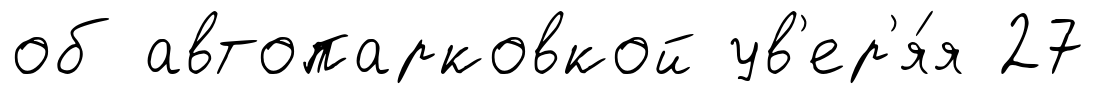
об автопарковкой ув'ер'я́я 27